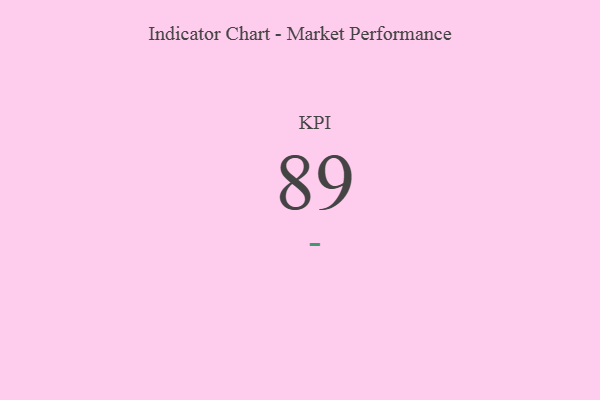
{"axis": {"x": "KPI", "y": "Value"}, "legend": [""], "data": [{"x": "KPI", "y": 89, "type": ""}]}